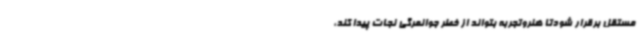
مستقل برقرار شودتا هنروتجربه بتواند از خطر جوانمرگی نجات پیدا کند،